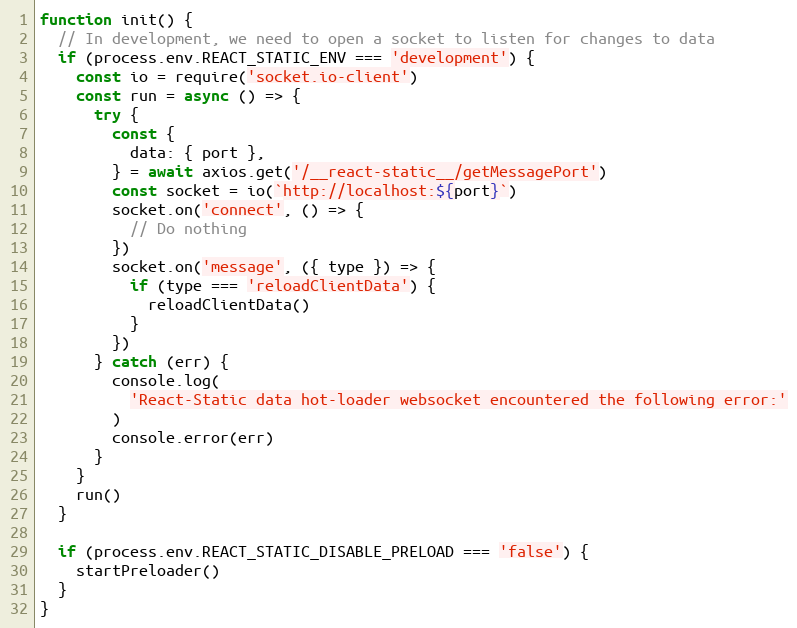
Language: JavaScript
function init() {
  // In development, we need to open a socket to listen for changes to data
  if (process.env.REACT_STATIC_ENV === 'development') {
    const io = require('socket.io-client')
    const run = async () => {
      try {
        const {
          data: { port },
        } = await axios.get('/__react-static__/getMessagePort')
        const socket = io(`http://localhost:${port}`)
        socket.on('connect', () => {
          // Do nothing
        })
        socket.on('message', ({ type }) => {
          if (type === 'reloadClientData') {
            reloadClientData()
          }
        })
      } catch (err) {
        console.log(
          'React-Static data hot-loader websocket encountered the following error:'
        )
        console.error(err)
      }
    }
    run()
  }

  if (process.env.REACT_STATIC_DISABLE_PRELOAD === 'false') {
    startPreloader()
  }
}